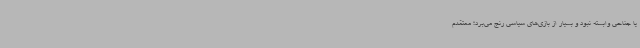
یا جناحی وابسته نبود و بسیار از بازی‌های سیاسی رنج می‌برد؛ معتقدم